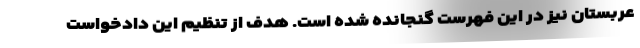
عربستان نیز در این فهرست گنجانده شده است. هدف از تنظیم این دادخواست